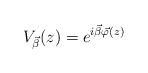
LaTeX: \begin{align*}V_{\vec{\beta}}(z)=e^{i\vec{\beta}\vec{\varphi}(z)}\end{align*}